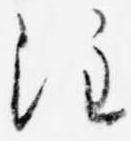
注